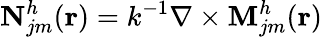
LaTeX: \mathbf{N}_{jm}^{h}(\mathbf{r})=k^{-1}\nabla\times\mathbf{M}_{jm}^{h}(\mathbf{r})